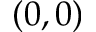
( 0 , 0 )